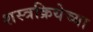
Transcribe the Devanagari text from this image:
शस्त्रक्रियेच्या